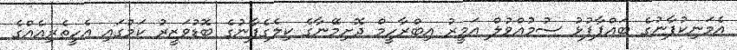
އެމަނިކުފާނުގެ ބައްޕާފުޅު ސުމުއްވުލް އަމީރު އިބްރާހީމް ދޮށިމޭނާގެ ކިލެގެފާނުގެ ބޮޑުވަޒީރު ކަމުގައި އެހީތެރިއެއްގެ